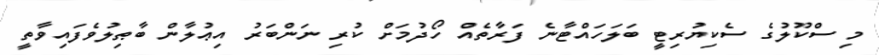
މި ސްކޫލުގެ ސެކިޔުރިޓީ ބަލަހައްޓާނެ ފަރާތެއް ހޯދުމަށް ކުރި ނަންބަރު އިޢުލާން ބާޠިލުވެފައިވާތީ